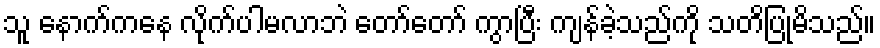
သူ နောက်ကနေ လိုက်ပါမလာဘဲ တော်တော် ကွာပြီး ကျန်ခဲ့သည်ကို သတိပြုမိသည်။